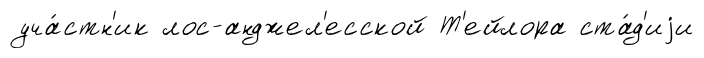
уча́стн'ик лос-анджел'есской Т'ейлора ста́д'иjи